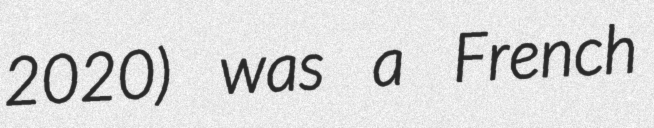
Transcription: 2020) was a French